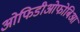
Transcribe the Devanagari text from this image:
ओफिडीओफोबिआ